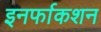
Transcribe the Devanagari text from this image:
इनर्फाकशन